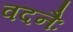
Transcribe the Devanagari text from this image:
वदनैः